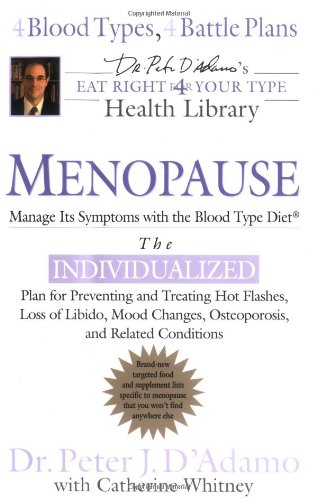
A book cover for Menopause: Manage Its Symptoms with the Blood Type Diet (Dr. Peter J. D'adamo's Eat Right for Your Type Health Library); Dr. Peter J. D'Adamo; Health, Fitness & Dieting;